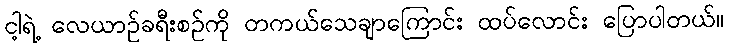
ငါ့ရဲ့ လေယာဉ်ခရီးစဉ်ကို တကယ်သေချာကြောင်း ထပ်လောင်း ပြောပါတယ်။